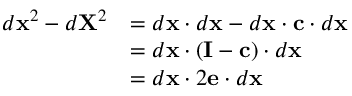
{ \begin{array} { r l } { d \mathbf { x } ^ { 2 } - d \mathbf { X } ^ { 2 } } & { = d \mathbf { x } \cdot d \mathbf { x } - d \mathbf { x } \cdot \mathbf { c } \cdot d \mathbf { x } } \\ & { = d \mathbf { x } \cdot ( \mathbf { I } - \mathbf { c } ) \cdot d \mathbf { x } } \\ & { = d \mathbf { x } \cdot 2 \mathbf { e } \cdot d \mathbf { x } } \end{array} }